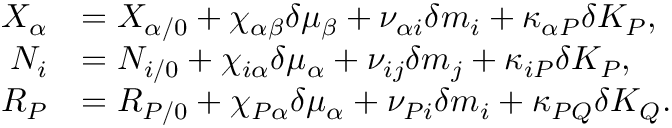
\begin{array} { r l } { X _ { \alpha } } & { = X _ { \alpha / 0 } + \chi _ { \alpha \beta } \delta \mu _ { \beta } + \nu _ { \alpha i } \delta m _ { i } + \kappa _ { \alpha P } \delta K _ { P } , } \\ { N _ { i } } & { = N _ { i / 0 } + \chi _ { i \alpha } \delta \mu _ { \alpha } + \nu _ { i j } \delta m _ { j } + \kappa _ { i P } \delta K _ { P } , } \\ { R _ { P } } & { = R _ { P / 0 } + \chi _ { P \alpha } \delta \mu _ { \alpha } + \nu _ { P i } \delta m _ { i } + \kappa _ { P Q } \delta K _ { Q } . } \end{array}